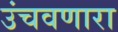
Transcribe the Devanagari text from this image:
उंचवणारा